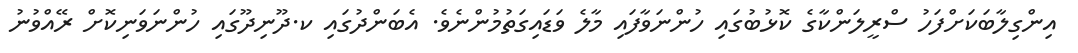
އިންގިލާބަކަށްފަހު ސްރީލަންކާގެ ކޮޅުބުގައި ހުންނަވާފައި މާލެ ވަޑައިގަތުމުންނެވެ. އެބަންދުގައި ކ.ދޫނިދޫގައި ހުންނަވަނިކޮށް ރޭއްވުނު